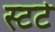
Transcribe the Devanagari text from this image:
स्टटे